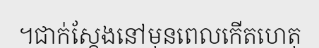
។ជាក់ស្តែងនៅមុនពេលកើតហេតុ